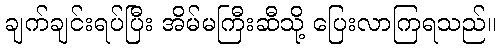
ချက်ချင်းရပ်ပြီး အိမ်မကြီးဆီသို့ ပြေးလာကြရသည်။